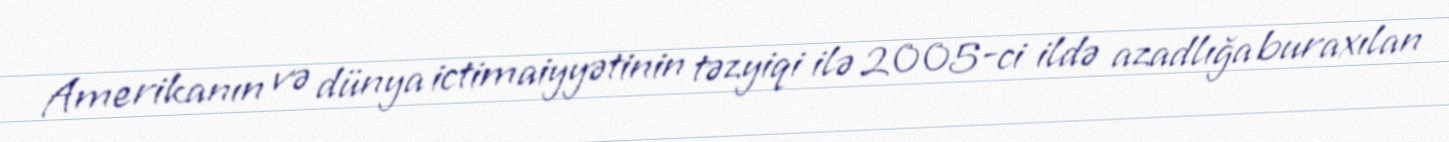
Amerikanın və dünya ictimaiyyətinin təzyiqi ilə 2005-ci ildə azadlığa buraxılan